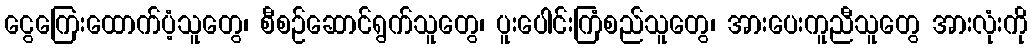
ငွေကြေးထောက်ပံ့သူတွေ၊ စီစဉ်ဆောင်ရွက်သူတွေ၊ ပူးပေါင်းကြံစည်သူတွေ၊ အားပေးကူညီသူတွေ အားလုံးကို